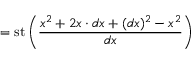
= \operatorname { s t } \left( { \frac { x ^ { 2 } + 2 x \cdot d x + ( d x ) ^ { 2 } - x ^ { 2 } } { d x } } \right)